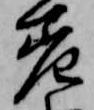
差